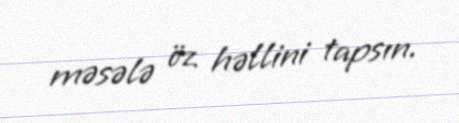
məsələ öz həllini tapsın.